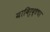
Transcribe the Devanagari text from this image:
याविरुद्धचा